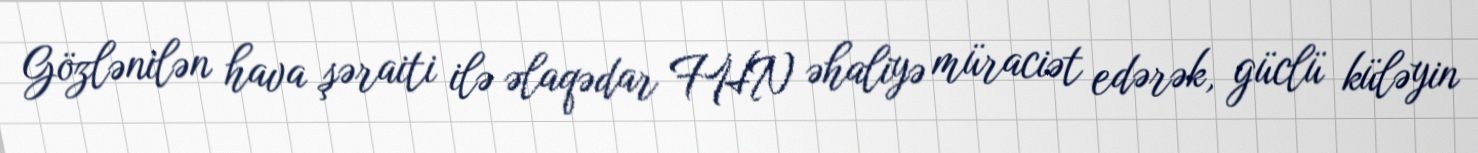
Gözlənilən hava şəraiti ilə əlaqədar FHN əhaliyə müraciət edərək, güclü küləyin